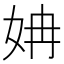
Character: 姌